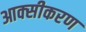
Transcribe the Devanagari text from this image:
आक्‍सीकरण